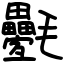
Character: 氎